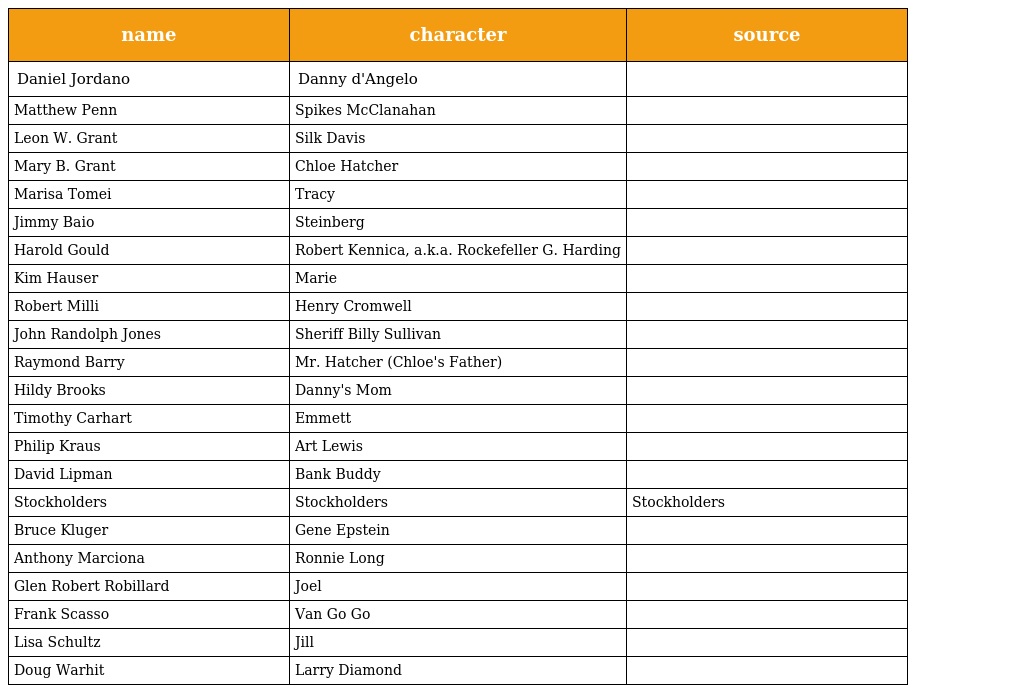
| name | character | source |
 | --- | --- | --- |
 | Daniel Jordano | Danny d'Angelo |  |
 | Matthew Penn | Spikes McClanahan |  |
 | Leon W. Grant | Silk Davis |  |
 | Mary B. Grant | Chloe Hatcher |  |
 | Marisa Tomei | Tracy |  |
 | Jimmy Baio | Steinberg |  |
 | Harold Gould | Robert Kennica, a.k.a. Rockefeller G. Harding |  |
 | Kim Hauser | Marie |  |
 | Robert Milli | Henry Cromwell |  |
 | John Randolph Jones | Sheriff Billy Sullivan |  |
 | Raymond Barry | Mr. Hatcher (Chloe's Father) |  |
 | Hildy Brooks | Danny's Mom |  |
 | Timothy Carhart | Emmett |  |
 | Philip Kraus | Art Lewis |  |
 | David Lipman | Bank Buddy |  |
 | Stockholders | Stockholders | Stockholders |
 | Bruce Kluger | Gene Epstein |  |
 | Anthony Marciona | Ronnie Long |  |
 | Glen Robert Robillard | Joel |  |
 | Frank Scasso | Van Go Go |  |
 | Lisa Schultz | Jill |  |
 | Doug Warhit | Larry Diamond |  |